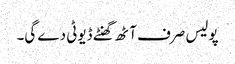
پولیس صرف آٹھ گھنٹے ڈیوٹی دے گی۔